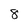
Character: 8